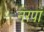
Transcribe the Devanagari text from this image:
नरपा